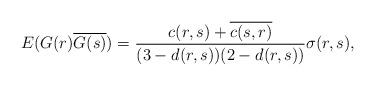
LaTeX: \begin{align*}E(G(r)\overline{G(s)})=\frac{c(r,s)+\overline{c(s,r)}}{(3-d(r,s))(2-d(r,s))} \sigma(r,s),\end{align*}